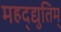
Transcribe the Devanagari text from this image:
महद्‌द्युतिम्